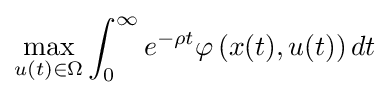
\max _{u(t)\in \Omega }\int _{0}^{\infty }e^{-\rho t}\varphi \left(x(t),u(t)\right)dt